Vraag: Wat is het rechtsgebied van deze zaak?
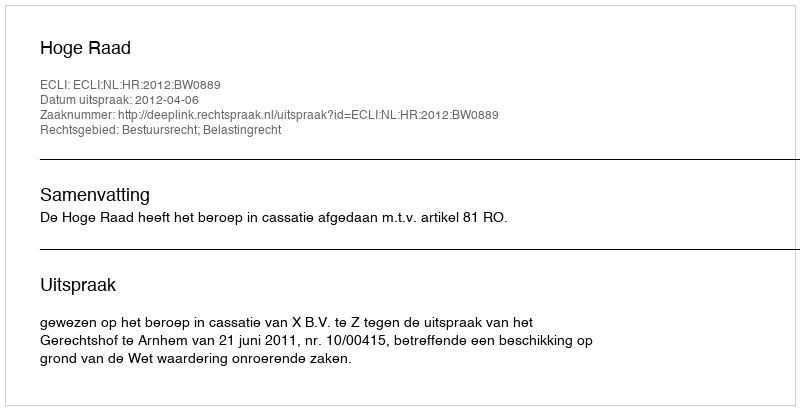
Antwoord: Bestuursrecht; Belastingrecht